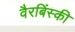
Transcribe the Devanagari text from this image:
वैरबिंस्की